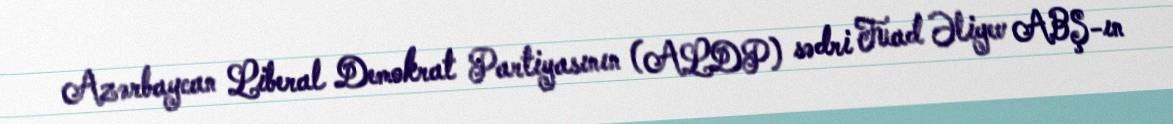
Azərbaycan Liberal Demokrat Partiyasının (ALDP) sədri Fuad Əliyev ABŞ-ın